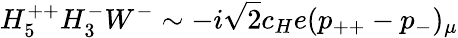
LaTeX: H_{5}^{++}H_{3}^{-}W^{-}\sim-i\sqrt{2}c_{H}e(p_{++}-p_{-})_{\mu}